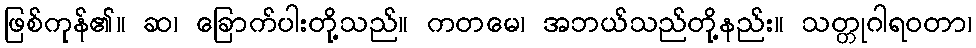
ဖြစ်ကုန်၏။ ဆ၊ ခြောက်ပါးတို့သည်။ ကတမေ၊ အဘယ်သည်တို့နည်း။ သတ္တုဂါရဝတာ၊